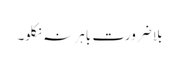
بلا ضرورت باہر نہ نکلو۔